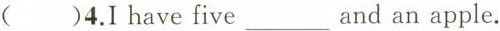
()4.I have five___and an apple.